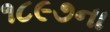
૧૮૯૭ના